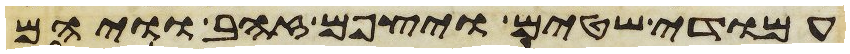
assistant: עמודי שטים ויצפם זהב וויהם